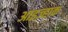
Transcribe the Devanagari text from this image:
आइज़्हाक